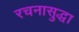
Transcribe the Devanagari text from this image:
रचनासुद्धा